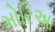
મોરિઆ